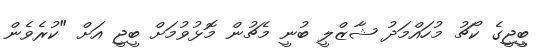
ބީީޖީގެ ކޯޗު މުހައްމަދު ޝާޒްލީ ބުނީ މެޗުން މޮޅުވުމަށް ބީޖީ އަށް "ކުރެވެން